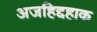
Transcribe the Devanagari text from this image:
अजहिद्दहाक